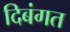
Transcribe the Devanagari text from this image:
दिबंगत